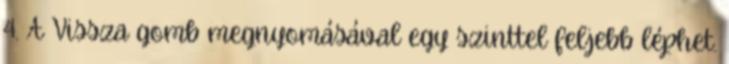
4. A Vissza gomb megnyomásával egy szinttel feljebb léphet.